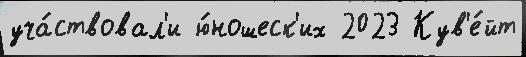
уча́ствовал'и ю́ношеск'их 2023 Кув'е́йт